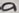
Text: a